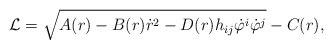
\begin{align*}{\cal L}=\sqrt{A(r)-B(r)\dot{r}^2-D(r)h_{ij}\dot{\varphi}^i\dot{\varphi}^j}-C(r),\end{align*}